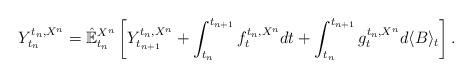
LaTeX: \begin{align*}Y_{t_{n}}^{t_{n},X^{n}}=\mathbb{\hat{E}}_{t_{n}}^{X^{n}}\left[ Y_{t_{n+1}}^{t_{n},X^{n}}+\int_{t_{n}}^{t_{n+1}}f_{t}^{t_{n},X^{n}}dt+\int_{t_{n}}^{t_{n+1}}g_{t}^{t_{n},X^{n}}d\langle B\rangle_{t}\right] . \end{align*}